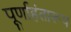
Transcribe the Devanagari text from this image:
पूर्णाहंतारूप